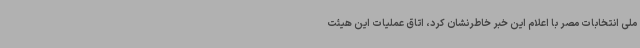
ملی انتخابات مصر با اعلام این خبر خاطرنشان کرد، اتاق عملیات این هیئت